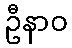
ဦနာဝ